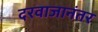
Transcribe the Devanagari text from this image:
दरवाजानंतर